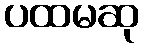
ပထမဆု